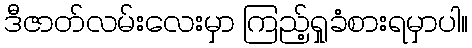
ဒီဇာတ်လမ်းလေးမှာ ကြည့်ရှုခံစားရမှာပါ။